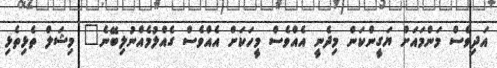
އަދިވެސް މަންމައަށް ޔަގީންކަން މިދެނީ އެއްވެސް މީހަކަށް އެއްވެސް ގެއްލުމެއްނުލިބޭނެ" މިޝަލް ތެޅިތެޅި